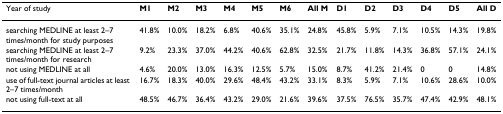
<table><thead><tr><td><b>Year of study</b></td><td><b>M1</b></td><td><b>M2</b></td><td><b>M3</b></td><td><b>M4</b></td><td><b>M5</b></td><td><b>M6</b></td><td><b>All M</b></td><td><b>D1</b></td><td><b>D2</b></td><td><b>D3</b></td><td><b>D4</b></td><td><b>D5</b></td><td><b>All D</b></td></tr></thead><tbody><tr><td>searching MEDLINE at least 2–7 times/month for study purposes</td><td>41.8%</td><td>10.0%</td><td>18.2%</td><td>6.8%</td><td>40.6%</td><td>35.1%</td><td>24.8%</td><td>45.8%</td><td>5.9%</td><td>7.1%</td><td>10.5%</td><td>14.3%</td><td>19.8%</td></tr><tr><td>searching MEDLINE at least 2–7 times/month for research</td><td>9.2%</td><td>23.3%</td><td>37.0%</td><td>44.2%</td><td>40.6%</td><td>62.8%</td><td>32.5%</td><td>21.7%</td><td>11.8%</td><td>14.3%</td><td>36.8%</td><td>57.1%</td><td>24.1%</td></tr><tr><td>not using MEDLINE at all</td><td>4.6%</td><td>20.0%</td><td>13.0%</td><td>16.3%</td><td>12.5%</td><td>5.7%</td><td>15.0%</td><td>8.7%</td><td>41.2%</td><td>21.4%</td><td>0</td><td>0</td><td>14.8%</td></tr><tr><td>use of full-text journal articles at least 2–7 times/month</td><td>16.7%</td><td>18.3%</td><td>40.0%</td><td>29.6%</td><td>48.4%</td><td>43.2%</td><td>33.1%</td><td>8.3%</td><td>5.9%</td><td>7.1%</td><td>10.6%</td><td>28.6%</td><td>10.0%</td></tr><tr><td>not using full-text at all</td><td>48.5%</td><td>46.7%</td><td>36.4%</td><td>43.2%</td><td>29.0%</td><td>21.6%</td><td>39.6%</td><td>37.5%</td><td>76.5%</td><td>35.7%</td><td>47.4%</td><td>42.9%</td><td>48.1%</td></tr></tbody></table>